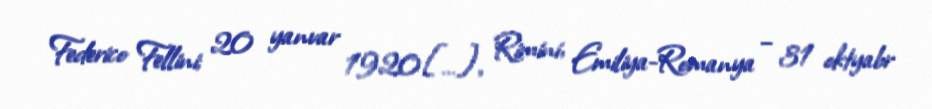
Federico Fellini; 20 yanvar 1920[…], Rimini, Emiliya-Romanya – 31 oktyabr